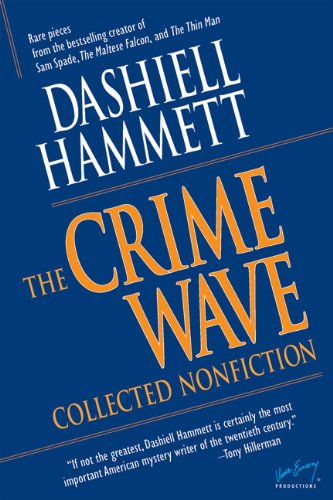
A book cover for The Crime Wave: Collected Nonfiction (The Ace Performer Collection series); Dashiell Hammett; Mystery, Thriller & Suspense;